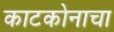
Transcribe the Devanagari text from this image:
काटकोनाचा